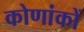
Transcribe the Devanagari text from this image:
कोणांकों